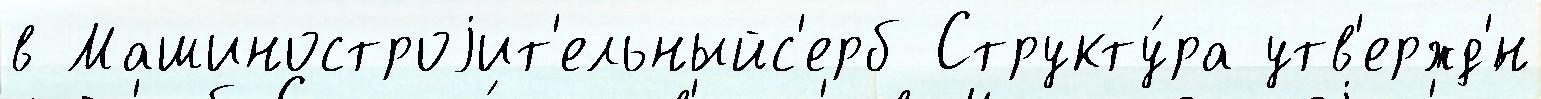
в Машиностроjит'ельныйс'ерб Структу́ра утв'ержд'́н